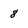
Character: 8